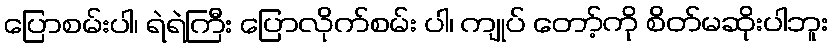
ပြောစမ်းပါ၊ ရဲရဲကြီး ပြောလိုက်စမ်း ပါ၊ ကျုပ် တော့်ကို စိတ်မဆိုးပါဘူး